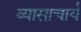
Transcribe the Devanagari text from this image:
व्यासाचार्य